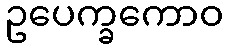
ဥပေက္ခကောဝ